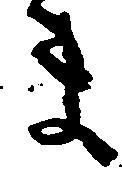
ま